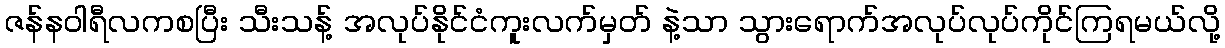
ဇန်နဝါရီလကစပြီး သီးသန့် အလုပ်နိုင်ငံကူးလက်မှတ် နဲ့သာ သွားရောက်အလုပ်လုပ်ကိုင်ကြရမယ်လို့